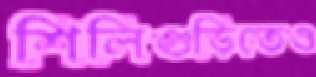
শিলিগুড়িতেও